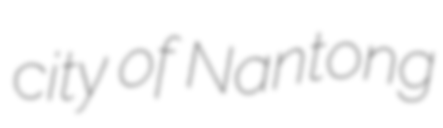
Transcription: city of Nantong